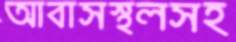
আবাসস্থলসহ